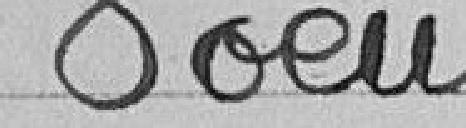
Voeu